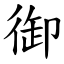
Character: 御